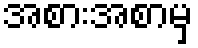
အစားအစာမှ